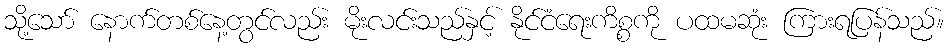
သို့သော် နောက်တစ်နေ့တွင်လည်း မိုးလင်းသည်နှင့် နိုင်ငံရေးကိစ္စကို ပထမဆုံး ကြားရပြန်သည်။